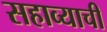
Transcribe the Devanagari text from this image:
सहाव्याची